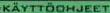
KÄYTTÖOHJEET